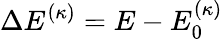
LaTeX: \Delta E^{(\kappa)}=E-E_{0}^{(\kappa)}